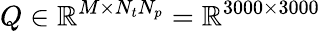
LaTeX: Q\in\mathbb{R}^{M\times N_{t}N_{p}}=\mathbb{R}^{3000\times 3000}